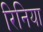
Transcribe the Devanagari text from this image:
रिनिया